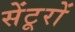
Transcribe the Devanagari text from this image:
सेंटूरों